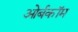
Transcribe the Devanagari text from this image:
ओर्बकॉम